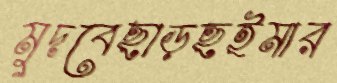
মুদবেছাড়ছইমার